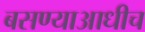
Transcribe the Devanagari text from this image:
बसण्याआधीच